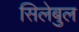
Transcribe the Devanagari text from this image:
सिलेबुल